Vaccination Hyderabad 1872-1889 - 1872-1889
Year: 1872
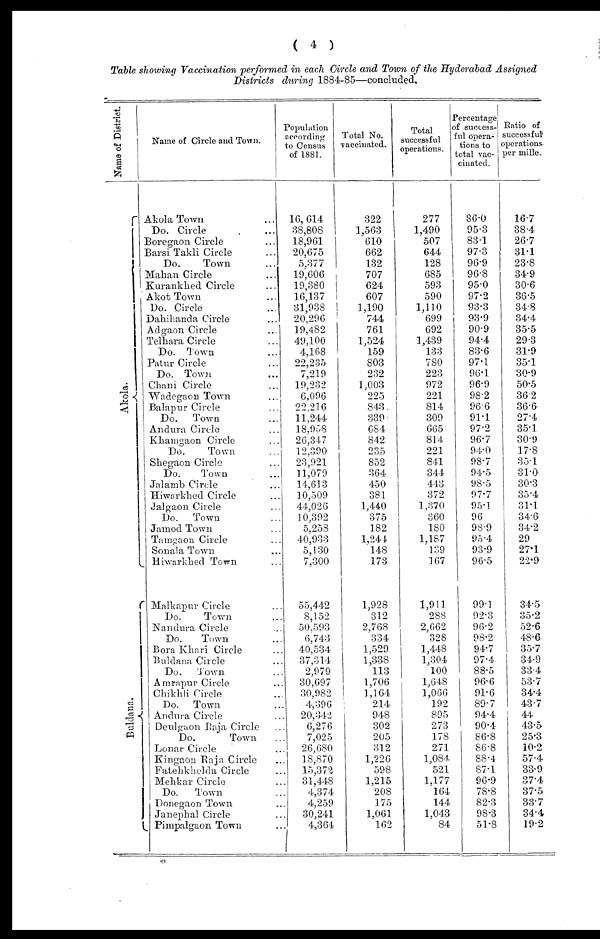
( 4 )
Table showing Vaccination performed in each Circle and Town of the Hyderabad Assigned
Districts during 1884-85—concluded.
Name of District.
Akola.
Buldana.
Name of Circle and Town.
Akola Town ...
Do. Circle ...
Boregaon Circle ...
Barsi Takli Circle ...
Do.
Town ...
Mahan Circle ...
Kurankhed Circle ...
Akot Town ...
Do. Circle ...
Dahihanda Circle ...
Adgaon Circle ...
Telhara Circle ...
Do. Town ...
Patur Circle ...
Do. Town ...
Chani Circle ...
Wadegaon Town ...
Balapur Circle ...
Do. Town ...
Andura Circle ...
Khamgaon Circle ...
Do.
Town ...
Shegaon Circle ...
Do.
Town ...
Jalamb Circle ...
Hiwarkbed Circle ...
Jalgaon Circle ...
Do. Town ...
Jamod Town ...
Tamgaon Circle ...
Sonala Town ...
Hiwarkhed Town ...
Malkapur Circle ...
Do.
Town ...
Nandura Circle ...
Do.
Town ...
Bora Khari Circle ...
Buldana Circle ...
Do. Town ...
Amrapur Circle ...
Chikhli Circle ...
Do. Town ...
Andura Circle ...
Deulgaon Raja Circle ...
Do.
Town ...
Lonar Circle ...
Kingaon Raja Circle ...
Fatehkhelda Circle ...
Mehkar Circle ...
Do.
Town ...
Donegaon Town ...
Janephal Circle ...
Pimpalgaon Town
...
Population
according
to Census
of 1881.
16, 614
38,808
18,961
20,675
5,377
19,606
19,380
16,137
31,938
20,296
19,482
49,100
4,168
22,235
7,219
19,232
6,096
22,216
11,244
18,958
26,347
12,390
23,921
11,079
14,613
10,509
44,026
10,392
5,258
40,933
5,130
7,300
55,442
8,152
50,593
6,743
40,534
37,314
2,979
30,697
30,982
4,396
20,342
6,276
7,025
26,680
18,870
15,372
31,448
4,374
4,259
30,241
4,364
Total No.
vaccinated.
322
1,563
610
662
132
707
624
607
1,190
744
761
1,524
159
803
232
1,003
225
843
339
684
842
235
852
364
450
381
1,440
375
182
1,244
148
173
1,928
312
2,768
334
1,529
1,338
113
1,706
1,164
214
948
302
205
312
1,226
598
1,215
208
175
1,061
162
Total
successful
operations.
277
1,490
507
644
128
685
593
590
1,110
699
692
1,439
133
780
223
972
221
814
309
665
814
221
841
344
443
372
1,370
360
180
1,187
139
167
1,911
288
2,662
328
1,448
1,304
100
1,648
1,066
192
895
273
178
271
1,084
521
1,177
164
144
1,043
84
Percentage
of success-
ful opera-
tions to
total vac-
cinated.
86.0
95.3
83.1
97.3
96.9
96.8
95.0
97.2
93.3
93.9
90.9
94.4
83.6
97.1
96.1
96.9
98.2
96.6
91.1
97.2
96.7
94.0
98.7
94.5
98.5
97.7
95.1
96
98.9
95.4
93.9
96.5
99.1
92.3
96.2
98.2
94.7
97.4
88.5
96.6
91.6
89.7
94.4
90.4
86.8
86.8
88.4
87.1
96.9
78.8
82.3
98.3
51.8
Ratio of
successful
operations
per mille.
16.7
38.4
26.7
31.1
23.8
34.9
30.6
36.5
34.8
34.4
35.5
29.3
31.9
35.1
30.9
50.5
36.2
36.6
27.4
35.1
30.9
17.8
35.1
31.0
30.3
35.4
31.1
34.6
34.2
29
27.1
22.9
34.5
35.2
52.6
48.6
35.7
34.9
33.4
53.7
34.4
43.7
44
43.5
25.3
10.2
57.4
33.9
37.4
37.5
33.7
34.4
19.2